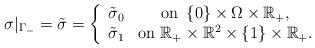
LaTeX: \begin{align*}\sigma |_{\Gamma _ - } = \tilde \sigma = \left\{ {\begin{array}{*{20}c} {\tilde \sigma _0 } & {\mbox{on }\left\{ 0 \right\} \times \Omega \times \mathbb{R_+}} , \\ {\tilde \sigma _1 } & {\mbox{on } \mathbb{R_+} \times \mathbb{R}^2 \times \left\{ 1 \right\} \times \mathbb{R_+}} . \\\end{array}} \right.\end{align*}